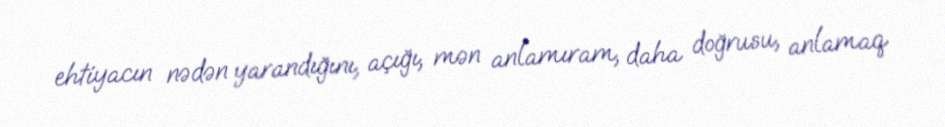
ehtiyacın nədən yarandığını, açığı, mən anlamıram, daha doğrusu, anlamaq